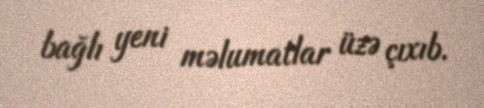
bağlı yeni məlumatlar üzə çıxıb.